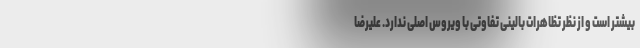
بیشتر است و از نظر تظاهرات بالینی تفاوتی با ویروس اصلی ندارد. علیرضا